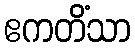
ဧကတိံသာ